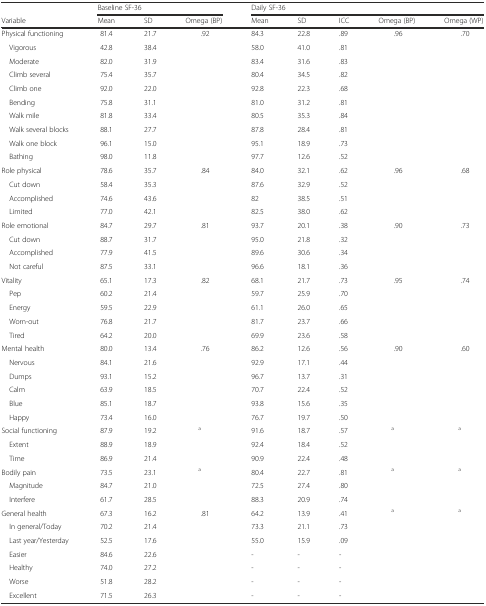
<table><thead><tr><td></td><td colspan="3"><b>Baseline SF-36</b></td><td colspan="5"><b>Daily SF-36</b></td></tr><tr><td><b>Variable</b></td><td><b>Mean</b></td><td><b>SD</b></td><td><b>Omega (BP)</b></td><td><b>Mean</b></td><td><b>SD</b></td><td><b>ICC</b></td><td><b>Omega (BP)</b></td><td><b>Omega (WP)</b></td></tr></thead><tbody><tr><td>Physical functioning</td><td>81.4</td><td>21.7</td><td>.92</td><td>84.3</td><td>22.8</td><td>.89</td><td>.96</td><td>.70</td></tr><tr><td> Vigorous</td><td>42.8</td><td>38.4</td><td></td><td>58.0</td><td>41.0</td><td>.81</td><td></td><td></td></tr><tr><td> Moderate</td><td>82.0</td><td>31.9</td><td></td><td>83.4</td><td>31.6</td><td>.83</td><td></td><td></td></tr><tr><td> Climb several</td><td>75.4</td><td>35.7</td><td></td><td>80.4</td><td>34.5</td><td>.82</td><td></td><td></td></tr><tr><td> Climb one</td><td>92.0</td><td>22.0</td><td></td><td>92.8</td><td>22.3</td><td>.68</td><td></td><td></td></tr><tr><td> Bending</td><td>75.8</td><td>31.1</td><td></td><td>81.0</td><td>31.2</td><td>.81</td><td></td><td></td></tr><tr><td> Walk mile</td><td>81.8</td><td>33.4</td><td></td><td>80.5</td><td>35.3</td><td>.84</td><td></td><td></td></tr><tr><td> Walk several blocks</td><td>88.1</td><td>27.7</td><td></td><td>87.8</td><td>28.4</td><td>.81</td><td></td><td></td></tr><tr><td> Walk one block</td><td>96.1</td><td>15.0</td><td></td><td>95.1</td><td>18.9</td><td>.73</td><td></td><td></td></tr><tr><td> Bathing</td><td>98.0</td><td>11.8</td><td></td><td>97.7</td><td>12.6</td><td>.52</td><td></td><td></td></tr><tr><td>Role physical</td><td>78.6</td><td>35.7</td><td>.84</td><td>84.0</td><td>32.1</td><td>.62</td><td>.96</td><td>.68</td></tr><tr><td> Cut down</td><td>58.4</td><td>35.3</td><td></td><td>87.6</td><td>32.9</td><td>.52</td><td></td><td></td></tr><tr><td> Accomplished</td><td>74.6</td><td>43.6</td><td></td><td>82</td><td>38.5</td><td>.51</td><td></td><td></td></tr><tr><td> Limited</td><td>77.0</td><td>42.1</td><td></td><td>82.5</td><td>38.0</td><td>.62</td><td></td><td></td></tr><tr><td>Role emotional</td><td>84.7</td><td>29.7</td><td>.81</td><td>93.7</td><td>20.1</td><td>.38</td><td>.90</td><td>.73</td></tr><tr><td> Cut down</td><td>88.7</td><td>31.7</td><td></td><td>95.0</td><td>21.8</td><td>.32</td><td></td><td></td></tr><tr><td> Accomplished</td><td>77.9</td><td>41.5</td><td></td><td>89.6</td><td>30.6</td><td>.34</td><td></td><td></td></tr><tr><td> Not careful</td><td>87.5</td><td>33.1</td><td></td><td>96.6</td><td>18.1</td><td>.36</td><td></td><td></td></tr><tr><td>Vitality</td><td>65.1</td><td>17.3</td><td>.82</td><td>68.1</td><td>21.7</td><td>.73</td><td>.95</td><td>.74</td></tr><tr><td> Pep</td><td>60.2</td><td>21.4</td><td></td><td>59.7</td><td>25.9</td><td>.70</td><td></td><td></td></tr><tr><td> Energy</td><td>59.5</td><td>22.9</td><td></td><td>61.1</td><td>26.0</td><td>.65</td><td></td><td></td></tr><tr><td> Worn-out</td><td>76.8</td><td>21.7</td><td></td><td>81.7</td><td>23.7</td><td>.66</td><td></td><td></td></tr><tr><td> Tired</td><td>64.2</td><td>20.0</td><td></td><td>69.9</td><td>23.6</td><td>.58</td><td></td><td></td></tr><tr><td>Mental health</td><td>80.0</td><td>13.4</td><td>.76</td><td>86.2</td><td>12.6</td><td>.56</td><td>.90</td><td>.60</td></tr><tr><td> Nervous</td><td>84.1</td><td>21.6</td><td></td><td>92.9</td><td>17.1</td><td>.44</td><td></td><td></td></tr><tr><td> Dumps</td><td>93.1</td><td>15.2</td><td></td><td>96.7</td><td>13.7</td><td>.31</td><td></td><td></td></tr><tr><td> Calm</td><td>63.9</td><td>18.5</td><td></td><td>70.7</td><td>22.4</td><td>.52</td><td></td><td></td></tr><tr><td> Blue</td><td>85.1</td><td>18.7</td><td></td><td>93.8</td><td>15.6</td><td>.35</td><td></td><td></td></tr><tr><td> Happy</td><td>73.4</td><td>16.0</td><td></td><td>76.7</td><td>19.7</td><td>.50</td><td></td><td></td></tr><tr><td>Social functioning</td><td>87.9</td><td>19.2</td><td><sup>a</sup></td><td>91.6</td><td>18.7</td><td>.57</td><td><sup>a</sup></td><td><sup>a</sup></td></tr><tr><td> Extent</td><td>88.9</td><td>18.9</td><td></td><td>92.4</td><td>18.4</td><td>.52</td><td></td><td></td></tr><tr><td> Time</td><td>86.9</td><td>21.4</td><td></td><td>90.9</td><td>22.4</td><td>.48</td><td></td><td></td></tr><tr><td>Bodily pain</td><td>73.5</td><td>23.1</td><td><sup>a</sup></td><td>80.4</td><td>22.7</td><td>.81</td><td><sup>a</sup></td><td><sup>a</sup></td></tr><tr><td> Magnitude</td><td>84.7</td><td>21.0</td><td></td><td>72.5</td><td>27.4</td><td>.80</td><td></td><td></td></tr><tr><td> Interfere</td><td>61.7</td><td>28.5</td><td></td><td>88.3</td><td>20.9</td><td>.74</td><td></td><td></td></tr><tr><td>General health</td><td>67.3</td><td>16.2</td><td>.81</td><td>64.2</td><td>13.9</td><td>.41</td><td><sup>a</sup></td><td><sup>a</sup></td></tr><tr><td> In general/Today</td><td>70.2</td><td>21.4</td><td></td><td>73.3</td><td>21.1</td><td>.73</td><td></td><td></td></tr><tr><td> Last year/Yesterday</td><td>52.5</td><td>17.6</td><td></td><td>55.0</td><td>15.9</td><td>.09</td><td></td><td></td></tr><tr><td> Easier</td><td>84.6</td><td>22.6</td><td></td><td>-</td><td>-</td><td>-</td><td></td><td></td></tr><tr><td> Healthy</td><td>74.0</td><td>27.2</td><td></td><td>-</td><td>-</td><td>-</td><td></td><td></td></tr><tr><td> Worse</td><td>51.8</td><td>28.2</td><td></td><td>-</td><td>-</td><td>-</td><td></td><td></td></tr><tr><td> Excellent</td><td>71.5</td><td>26.3</td><td></td><td>-</td><td>-</td><td>-</td><td></td><td></td></tr></tbody></table>